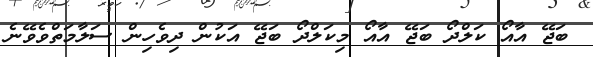
ބަޖޭ އާއޯ ކަލްދޯ ބަޖޭ އާއޯ މިކަލްދޯ ބަޖޭ އަކުން ދިވެހިން ސަލާމަތްވެވޭނެ